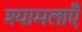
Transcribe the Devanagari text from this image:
श्यामलाएँ